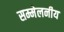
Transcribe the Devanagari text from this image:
सम्मेलनीय